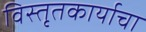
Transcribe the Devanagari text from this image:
विस्तृतकार्याचा